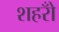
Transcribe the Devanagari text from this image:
शहरोँ